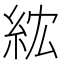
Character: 𥿢